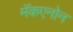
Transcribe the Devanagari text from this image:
मॅकएनोन